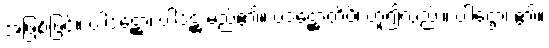
အဖြစ်ဖြင့်။ ပါဒဋ္ဌော၊ ပါဒဋ္ဌ မည်၏။ ပဒဋ္ဌောတိပိ၊ ဟူ၍လည်း။ ပါဌော၊ ၏။